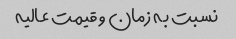
نسبت به زمان و قیمت عالیه